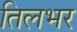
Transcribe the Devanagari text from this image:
तिलभर